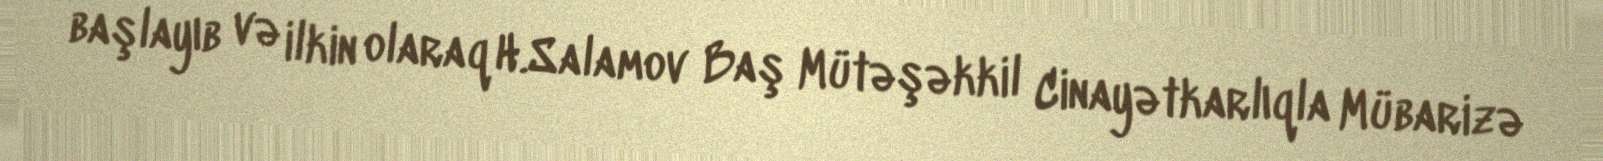
başlayıb və ilkin olaraq H.Salamov Baş Mütəşəkkil Cinayətkarlıqla Mübarizə